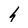
Character: h